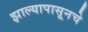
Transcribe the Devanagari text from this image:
झाल्यापासूनचे